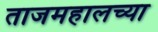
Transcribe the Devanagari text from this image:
ताजमहालच्या